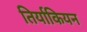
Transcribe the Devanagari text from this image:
तिर्याकियन